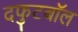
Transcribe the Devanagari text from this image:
दफुटबॉल